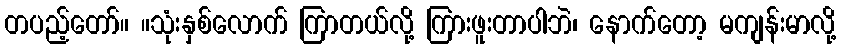
တပည့်တော်။ ။သုံးနှစ်လောက် ကြာတယ်လို့ ကြားဖူးတာပါဘဲ၊ နောက်တော့ မကျန်းမာလို့